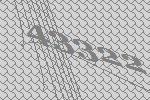
43322